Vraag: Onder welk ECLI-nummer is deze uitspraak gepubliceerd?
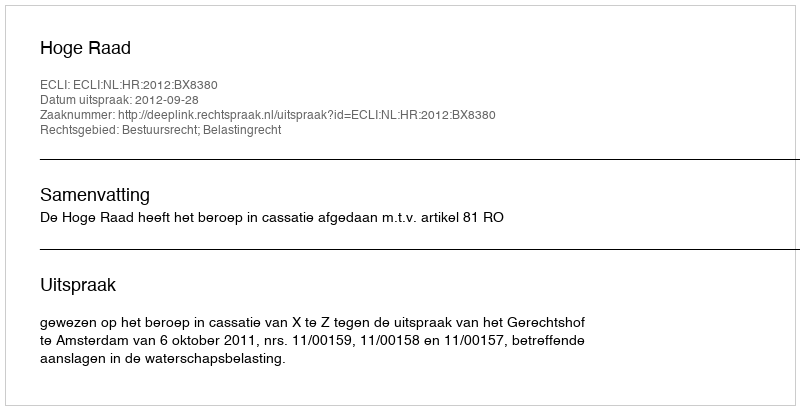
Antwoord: ECLI:NL:HR:2012:BX8380